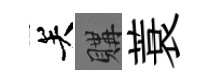
关購蓑